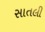
સાતલી